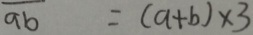
\overline { a b } = ( a + b ) \times 3